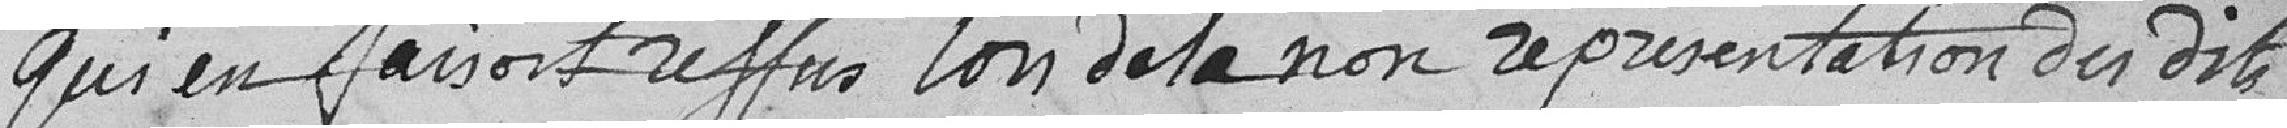
qui en faisait refus lors de la non représentation des dits